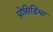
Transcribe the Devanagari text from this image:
प्रोसिडिंग्स